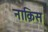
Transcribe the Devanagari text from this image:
नाक़िस